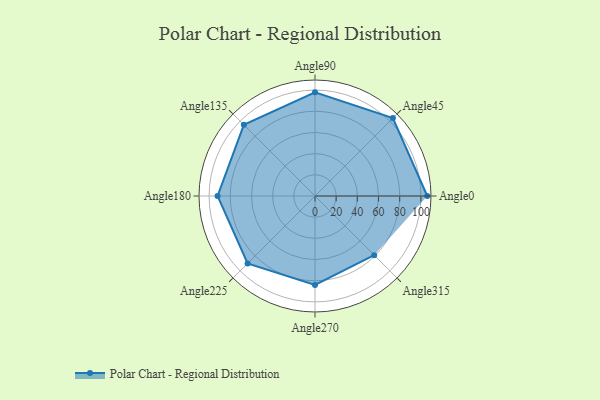
{"axis": {"x": "Angle", "y": "Radius"}, "legend": [""], "data": [{"x": "Angle0", "y": 106.0, "type": ""}, {"x": "Angle45", "y": 104.0, "type": ""}, {"x": "Angle90", "y": 98.0, "type": ""}, {"x": "Angle135", "y": 95.0, "type": ""}, {"x": "Angle180", "y": 92.0, "type": ""}, {"x": "Angle225", "y": 90.0, "type": ""}, {"x": "Angle270", "y": 84.0, "type": ""}, {"x": "Angle315", "y": 79.0, "type": ""}]}